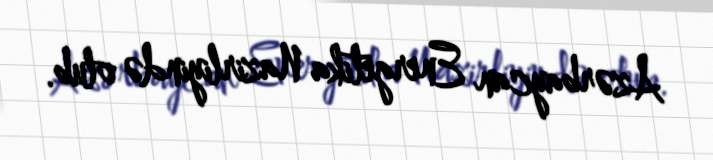
Azərbaycan Energetika Nazirliyində olub.